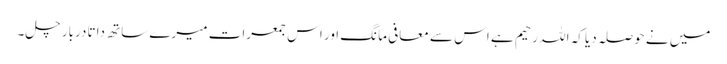
میں نے حوصلہ دیا کہ اللہ رحیم ہے اس سے معافی مانگ اور اس جمعرات میرے ساتھ داتا دربار چل۔